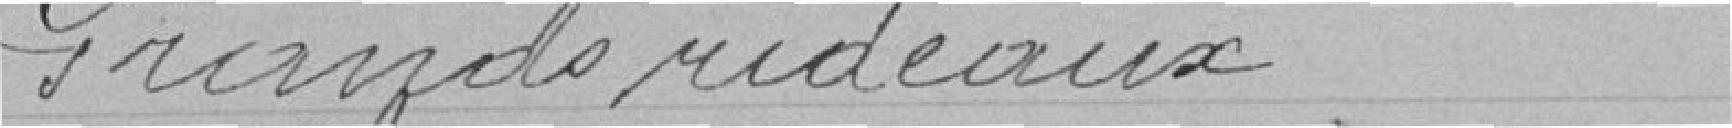
Grands rideaux